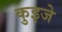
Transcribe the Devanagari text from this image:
कुइजे